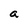
Character: a